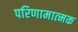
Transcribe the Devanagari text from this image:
परिणामात्‍मक